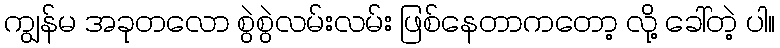
ကျွန်မ အခုတလော စွဲစွဲလမ်းလမ်း ဖြစ်နေတာကတော့ လို့ ခေါ်တဲ့ ပါ။